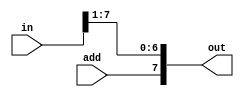
module shift(in, add, out);

input [7:0] in;
input add;
output [7:0] out;

assign out[6:0] = in >> 1;  // shifts to the right one
assign out[7] = add;        // assigns value that was opened up

endmodule